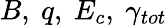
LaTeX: B,\ q,\ E_{c},\ \gamma_{tot}